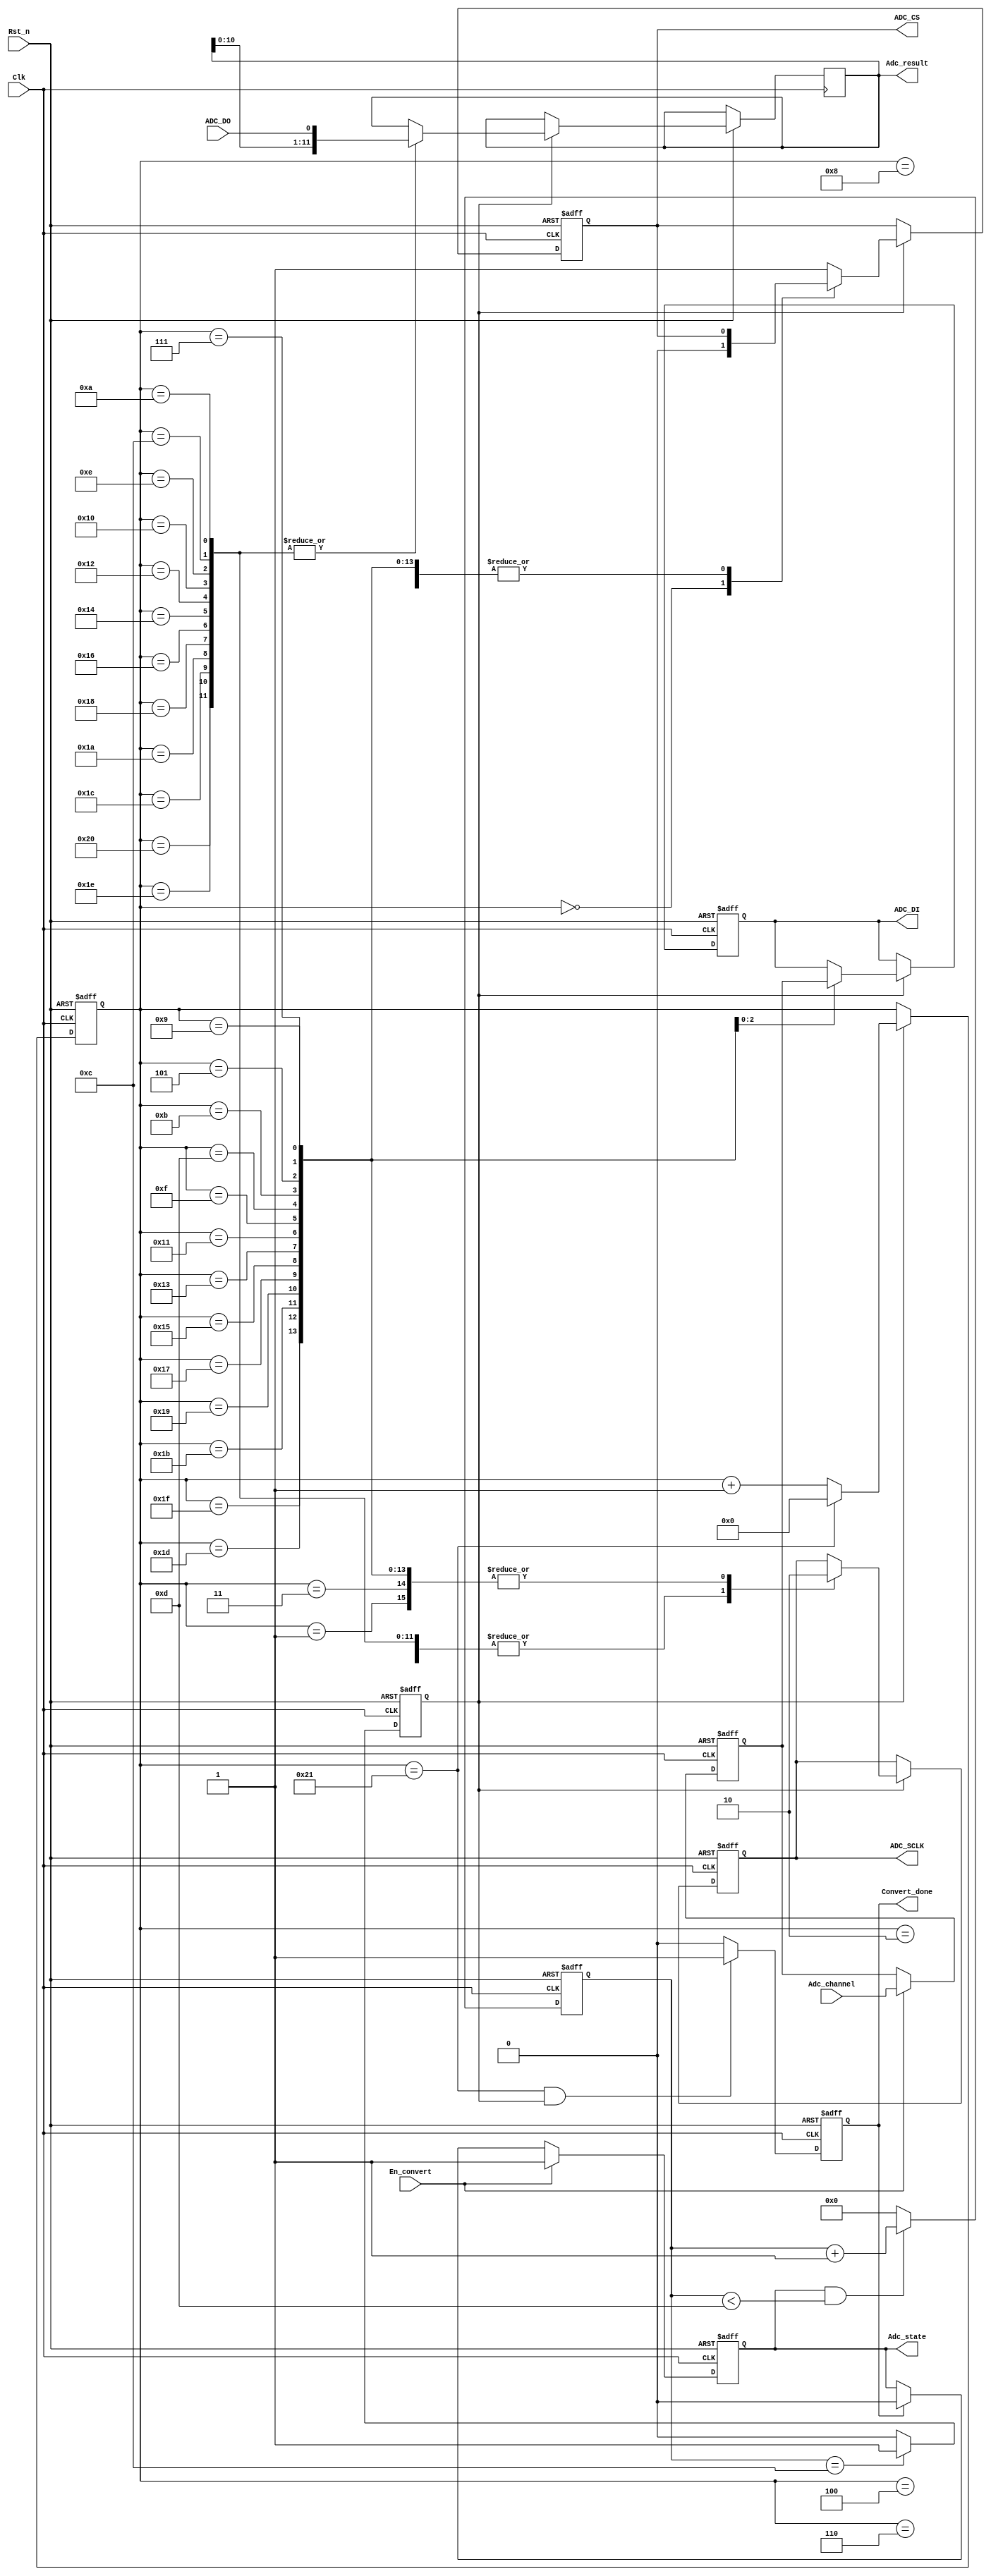

/**********************************************************\
	Filename		:	 adc_18s022.v
	Author  	   :   eric_xiang
	Description :   adc18s022 drive source code
	Revision		:   2019-11-18
	Company		:   personal
\**********************************************************/

module adc_18s022(
	Clk,					
	Rst_n,				
	
	En_convert,	
	Adc_channel,
	
	Convert_done,		
	Adc_state,				
	Adc_result,			
	
	ADC_CS,
	ADC_SCLK,
	ADC_DI,
	ADC_DO		
);


input  Clk;								//50M
input  Rst_n;							//
                     
input  En_convert;					//ADC
input  [2:0]Adc_channel;			//ADC
	                  
output reg Convert_done;			//ADC
output reg Adc_state;				// ne;	
output reg [11:0] Adc_result;		//ADC 4BIT0 + 12BIT 

output reg ADC_CS;					//ADC
output reg ADC_SCLK;					//ADC 0.5~3.2MHZ, 1.92MHZ520ns
output reg ADC_DI;					//ADC
input  ADC_DO;							//ADC


//localparam ADC_PERIOD  = 12'd520; //ADC

reg [3:0]sclk2x_cnt;
reg sclk2x;								//ADC
reg [7:0]sclk2x_poscnt;
reg [2:0]rADC_CHAN;

/****************************************************************/

//ADC
always @(posedge Clk or negedge Rst_n) begin
	if (!Rst_n) begin
		rADC_CHAN <= 3'd0;
	end else if (En_convert) begin
		rADC_CHAN <= Adc_channel;
	end else begin
		rADC_CHAN <= rADC_CHAN;
	end
end


//Adc_state 
always @(posedge Clk or negedge Rst_n) begin
	if (!Rst_n) begin
		Adc_state <= 1'b0;
	end else if (En_convert) begin
		Adc_state <= 1'b1;
	end else if (Convert_done) begin
		Adc_state <= 1'b0;
	end else begin
		Adc_state <= Adc_state;
	end
end

//Convert_done
always @(posedge Clk or negedge Rst_n) begin
	if (!Rst_n) begin
		Convert_done <= 1'b0;
	end else if (sclk2x_poscnt == 8'd33 && sclk2x) begin
		Convert_done <= 1'b1;
	end else begin
		Convert_done <= 1'b0;
	end
end

//ADCSCLK2X 20ns->260ns
always @(posedge Clk or negedge Rst_n) begin
	if (!Rst_n) begin
		sclk2x_cnt <= 4'd0;
	end else if (Adc_state && sclk2x_cnt < 4'd13) begin
		sclk2x_cnt <= sclk2x_cnt + 1'b1;
	end else begin
		sclk2x_cnt <= 4'd0;
	end

end

always @(posedge Clk or negedge Rst_n) begin
	if (!Rst_n) begin
		sclk2x <= 1'b0;
	end else if (sclk2x_cnt == 4'd12) begin
		sclk2x <= 1'b1;
	end else begin
		sclk2x <= 1'b0;
	end

end

// sclk2x
always @(posedge Clk or negedge Rst_n) begin
	if (!Rst_n) begin
		sclk2x_poscnt <= 8'd0;
	end else if (sclk2x) begin	
		if (sclk2x_poscnt == 8'd33) begin
			sclk2x_poscnt <= 8'd0;
		end else begin
			sclk2x_poscnt <= sclk2x_poscnt + 1'b1;
		end	
	end else begin
		sclk2x_poscnt <= sclk2x_poscnt;
	end	
end


//sclk2x/ADC
always @(posedge Clk or negedge Rst_n) begin
	if (!Rst_n) begin
		ADC_CS   <= 1'b1;
		ADC_SCLK <= 1'b1;
		ADC_DI   <= 1'b1;
	end else if (sclk2x) begin
		case (sclk2x_poscnt) 
			8'd0: ADC_CS <= 1'b0;
			8'd1: ADC_SCLK <= 1'b0;
			8'd2: ADC_SCLK <= 1'b1;
			8'd3: ADC_SCLK <= 1'b0;
			8'd4: ADC_SCLK <= 1'b1;
			8'd5: begin ADC_SCLK <= 1'b0; ADC_DI <= rADC_CHAN[2]; end
			8'd6: ADC_SCLK <= 1'b1;
			8'd7: begin ADC_SCLK <= 1'b0; ADC_DI <= rADC_CHAN[1]; end
			8'd8: ADC_SCLK <= 1'b1;
			8'd9: begin ADC_SCLK <= 1'b0; ADC_DI <= rADC_CHAN[0]; end
			8'd10,8'd12,8'd14,8'd16,8'd18,8'd20,8'd22,8'd24,8'd26,8'd28,8'd30,8'd32:  begin 
					ADC_SCLK <= 1'b1;
					Adc_result <= {Adc_result[10:0],ADC_DO};
			end
			8'd11,8'd13,8'd15,8'd17,8'd19,8'd21,8'd23,8'd25,8'd27,8'd29,8'd31: ADC_SCLK <= 1'b0;
			8'd33: ADC_CS <= 1'b1;
			default: ADC_CS <= 1'b1;
		endcase
	end
end


endmodule